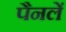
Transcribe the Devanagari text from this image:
पैनलें